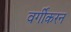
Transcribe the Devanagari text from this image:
वर्गीकरन